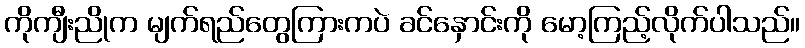
ကိုကျီးညိုက မျက်ရည်တွေကြားကပဲ ခင်နှောင်းကို မော့ကြည့်လိုက်ပါသည်။